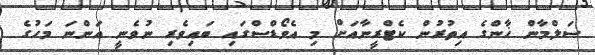
ސަލްމާން ޚާންގެ އިތުރުން ކެޓްރީނާއަށް މި އެވޯޑްސްގައި ބައިވެރި ނުވެނީ އަންނަ މަހުގެ